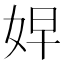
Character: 𭑷